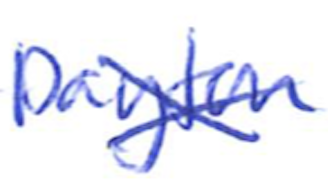
Text: Dayton
Cross-out: cross
Writing tool: ballpoint